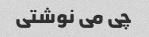
چی می نوشتی